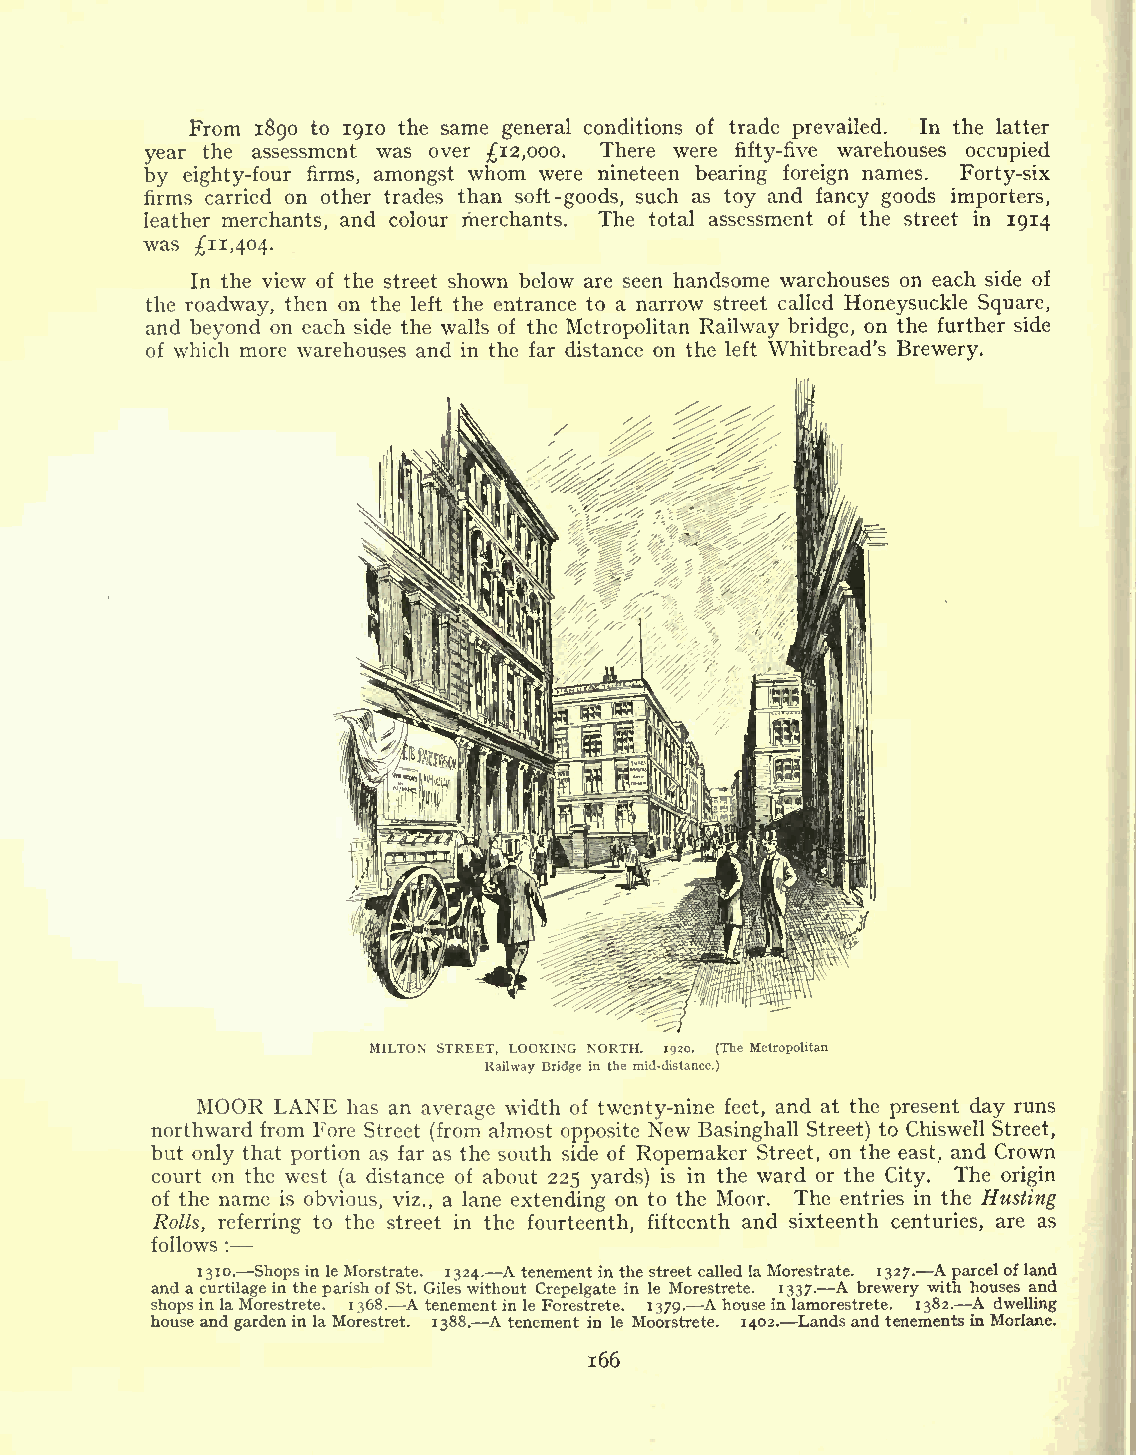
From 1890 to 1910 the same general conditions of trade prevailed. In the latter
 year the assessment was over 12,000. There were fifty-five warehouses occupied
 by eighty-four firms, amongst whom were nineteen bearing foreign names. Forty-six
 firms carried on other trades than soft-goods, such as toy and fancy goods importers,
 leather merchants, and colour merchants. The total assessment of the street in 1914
 was
 11,404.
 In the view of the street shown below are seen handsome warehouses on each side of
 the roadway, then on the left the entrance to a narrow street called Honeysuckle Square,
 and beyond on each side the walls of the Metropolitan Railway bridge, on the further side
 of which more warehouses and in the far distance on the left Whitbread's Brewery.
 MILTON STRF.ET, LOOKING NORTH. 1920. (The Metropolitan
 Railway Bridge in the mid-distance.)
 MOOR LANE has an average width of twenty-nine feet, and at the present day runs
 northward from Fore Street (from almost opposite New Basinghall Street) to Chiswell Street,
 but only that portion as far as the south side of Ropemaker Street, on the east, and Crown
 court on the west (a distance of about 225 yards) is in the ward or the City. The origin
 of the name is obvious, viz., a lane extending on to the Moor. The entries in the Rusting
 Rolls, referring to the street in the fourteenth, fifteenth and sixteenth centuries, are as
 follows
 :
 1310. ShopsinleMorstrate. 1324. A tenementin thestreetcalled laMorestrate. 1327. A parcelofland
 and acurtilage in the parishof St. Gileswithout Crepelgate in le Morestrete. 1337. A brewery with houses and
 shopsinlaMorestrete. 1368. A tenementinle Forestrete. 1379- Ahouse in lamorestrete. 1382. A dwelling
 house andgardenin laMorestret. 1388. Atenement in le Moorstrete. 1402. LandsandtenementsinMorlane.
 166